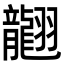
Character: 𦒮